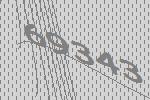
69343